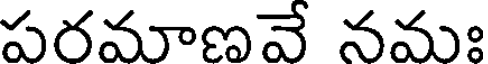
పరమాణవే నమః